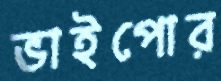
ভাইপোর